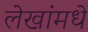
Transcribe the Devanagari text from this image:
लेखांमधे